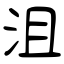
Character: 沮